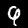
Label: 9